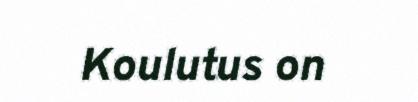
Koulutus on